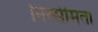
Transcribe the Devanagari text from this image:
निस्सीमता